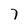
Character: 7